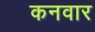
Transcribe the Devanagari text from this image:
कनवार